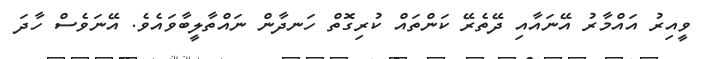
ވީއިރު އައްމާރު އޭނައާއި ދޭތެރޭ ކަންތައް ކުރިގޮތް ހަނދާން ނައްތާލީބާވައެވެ. އޭނަވެސް ހާދަ